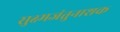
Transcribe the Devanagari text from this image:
सुक्ष्मजंतुनाशक